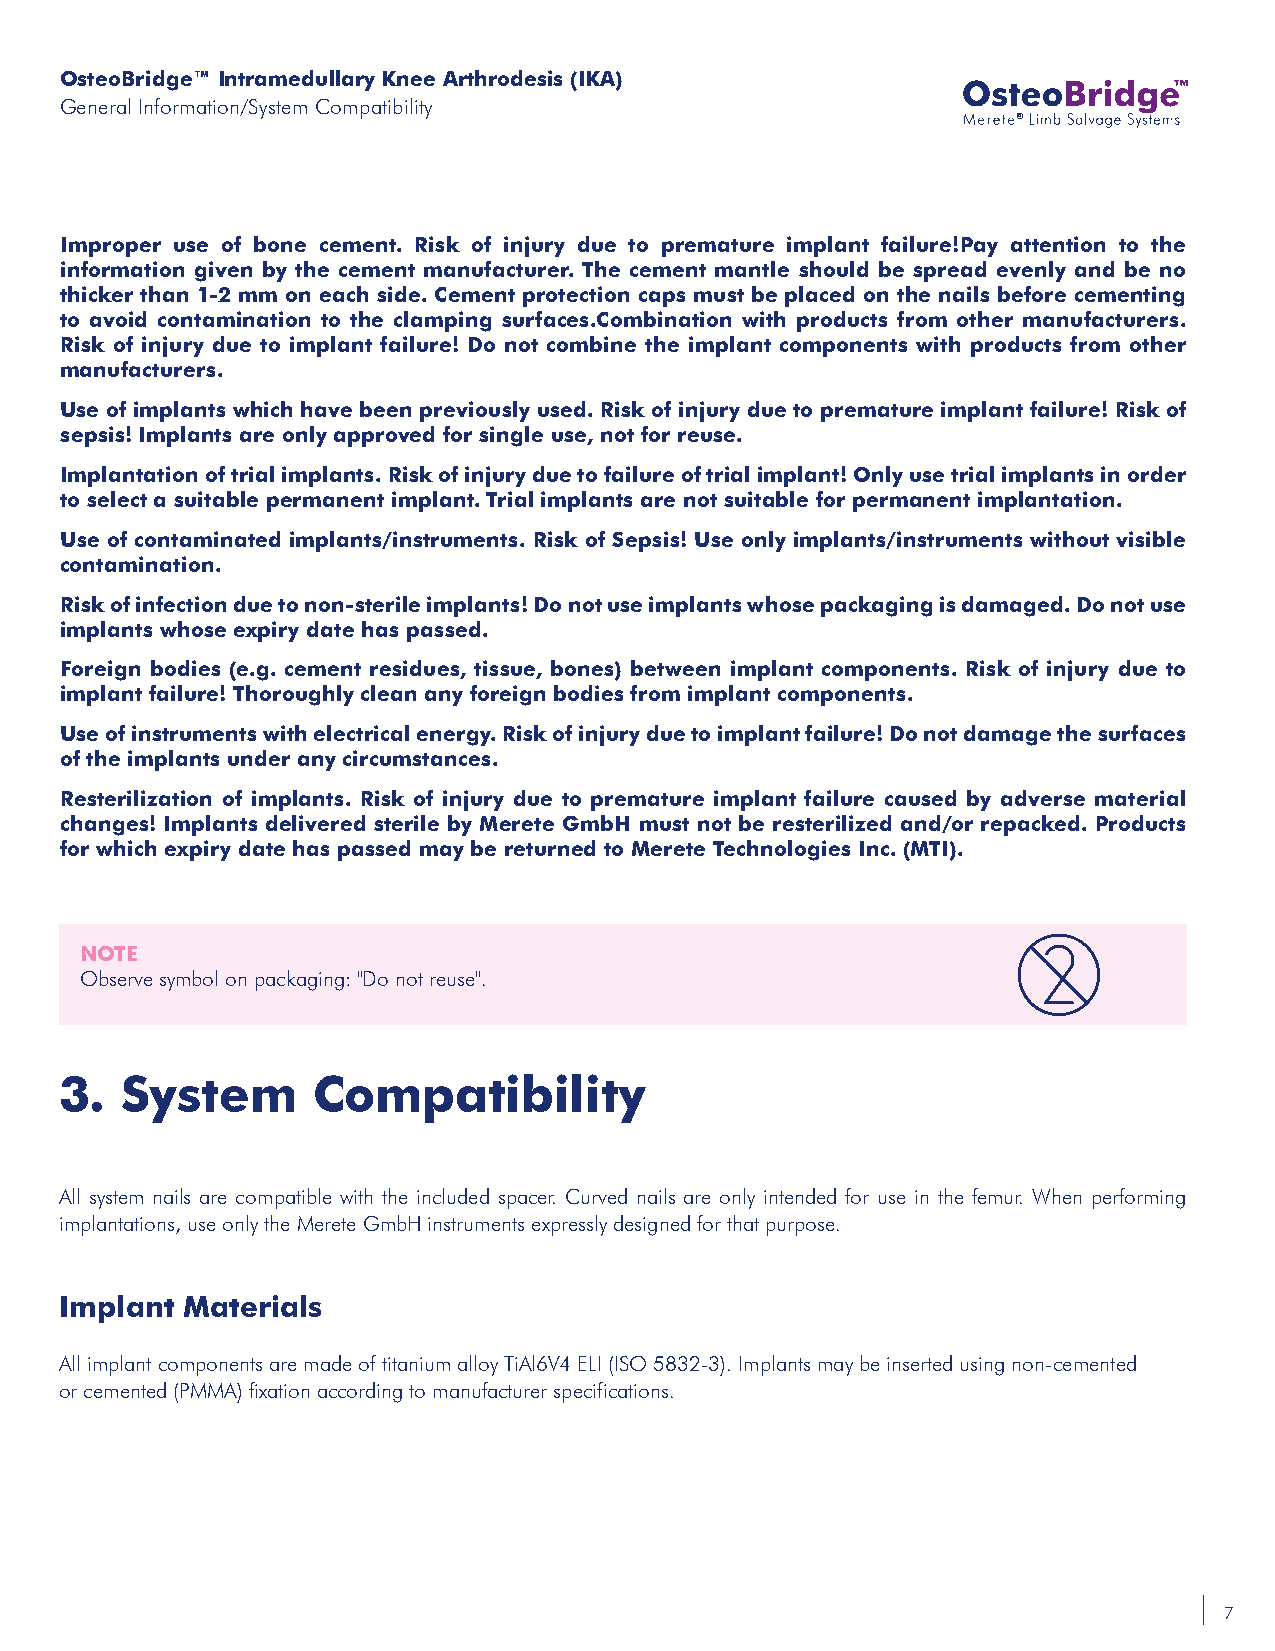
OsteoBridge™ Intramedullary Knee Arthrodesis (IKA)
 General Information/System Compatibility
 ®
 Improper use of bone cement. Risk of injury due to premature implant failure!Pay attention to the
 information given by the cement manufacturer. The cement mantle should be spread evenly and be no
 thicker than 1-2 mm on each side. Cement protection caps must be placed on the nails before cementing
 to avoid contamination to the clamping surfaces.Combination with products from other manufacturers.
 Risk of injury due to implant failure! Do not combine the implant components with products from other
 manufacturers.
 Use of implants which have been previously used. Risk of injury due to premature implant failure! Risk of
 sepsis! Implants are only approved for single use, not for reuse.
 Implantation of trial implants. Risk of injury due to failure of trial implant! Only use trial implants in order
 to select a suitable permanent implant. Trial implants are not suitable for permanent implantation.
 Use of contaminated implants/instruments. Risk of Sepsis! Use only implants/instruments without visible
 contamination.
 Risk of infection due to non-sterile implants! Do not use implants whose packaging is damaged. Do not use
 implants whose expiry date has passed.
 Foreign bodies (e.g. cement residues, tissue, bones) between implant components. Risk of injury due to
 implant failure! Thoroughly clean any foreign bodies from implant components.
 Use of instruments with electrical energy. Risk of injury due to implant failure! Do not damage the surfaces
 of the implants under any circumstances.
 Resterilization of implants. Risk of injury due to premature implant failure caused by adverse material
 changes! Implants delivered sterile by Merete GmbH must not be resterilized and/or repacked. Products
 for which expiry date has passed may be returned to Merete Technologies Inc. (MTI).
 NOTE
 Observe symbol on packaging: "Do not reuse".
 3.  System       Compatibility
 All system nails are compatible with the included spacer. Curved nails are only intended for use in the femur. When performing
 implantations, use only the Merete GmbH instruments expressly designed for that purpose.
 Implant Materials
 All implant components are made of titanium alloy TiAl6V4 ELI (ISO 5832-3). Implants may be inserted using non-cemented
 or cemented (PMMA) fixation according to manufacturer specifications.
 7